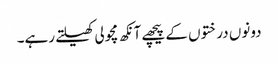
دونوں درختوں کے پیچھے آنکھ مچولی کھیلتے رہے۔